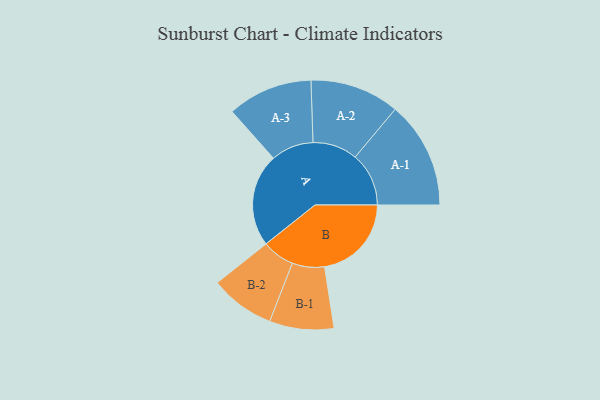
{"axis": {"x": "Segment", "y": "Value"}, "legend": ["", "A", "B"], "data": [{"x": "A", "y": 430, "type": ""}, {"x": "B", "y": 402, "type": ""}, {"x": "A-1", "y": 248, "type": "A"}, {"x": "A-2", "y": 207, "type": "A"}, {"x": "A-3", "y": 197, "type": "A"}, {"x": "B-1", "y": 149, "type": "B"}, {"x": "B-2", "y": 150, "type": "B"}]}